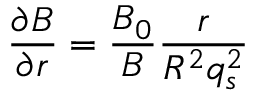
\frac { \partial B } { \partial r } = \frac { B _ { 0 } } { B } \frac { r } { R ^ { 2 } q _ { s } ^ { 2 } }